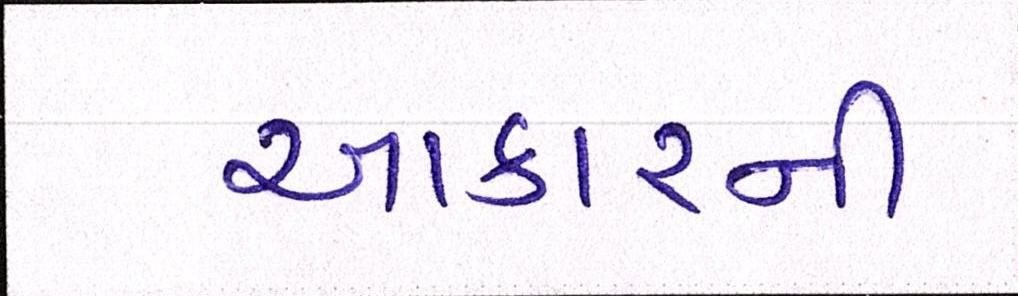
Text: આકારની